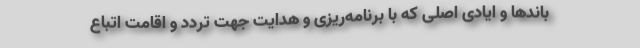
باندها و ایادی اصلی که با برنامه‌ریزی و هدایت جهت تردد و اقامت اتباع